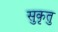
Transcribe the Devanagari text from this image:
सुकृतु